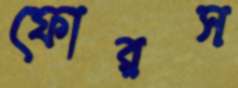
ফোরস